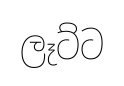
ලෑට්ට